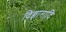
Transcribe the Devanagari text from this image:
विज्ञानादि